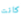
كانت